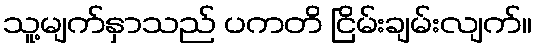
သူ့မျက်နှာသည် ပကတိ ငြိမ်းချမ်းလျက်။